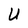
Character: U